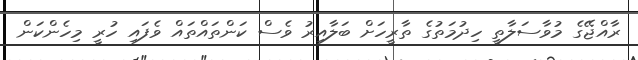
ރާއްޖޭގެ މުވާސަލާތީ ހިދުމަތުގެ ތާރީހަށް ބަލާއިރު ވެސް ކަންތައްތައް ވެފައި ހުރީ މިހެންކަން